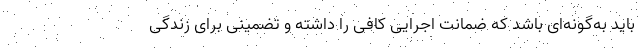
باید به‌گونه‌ای باشد که ضمانت اجرایی کافی را داشته و تضمینی برای زندگی